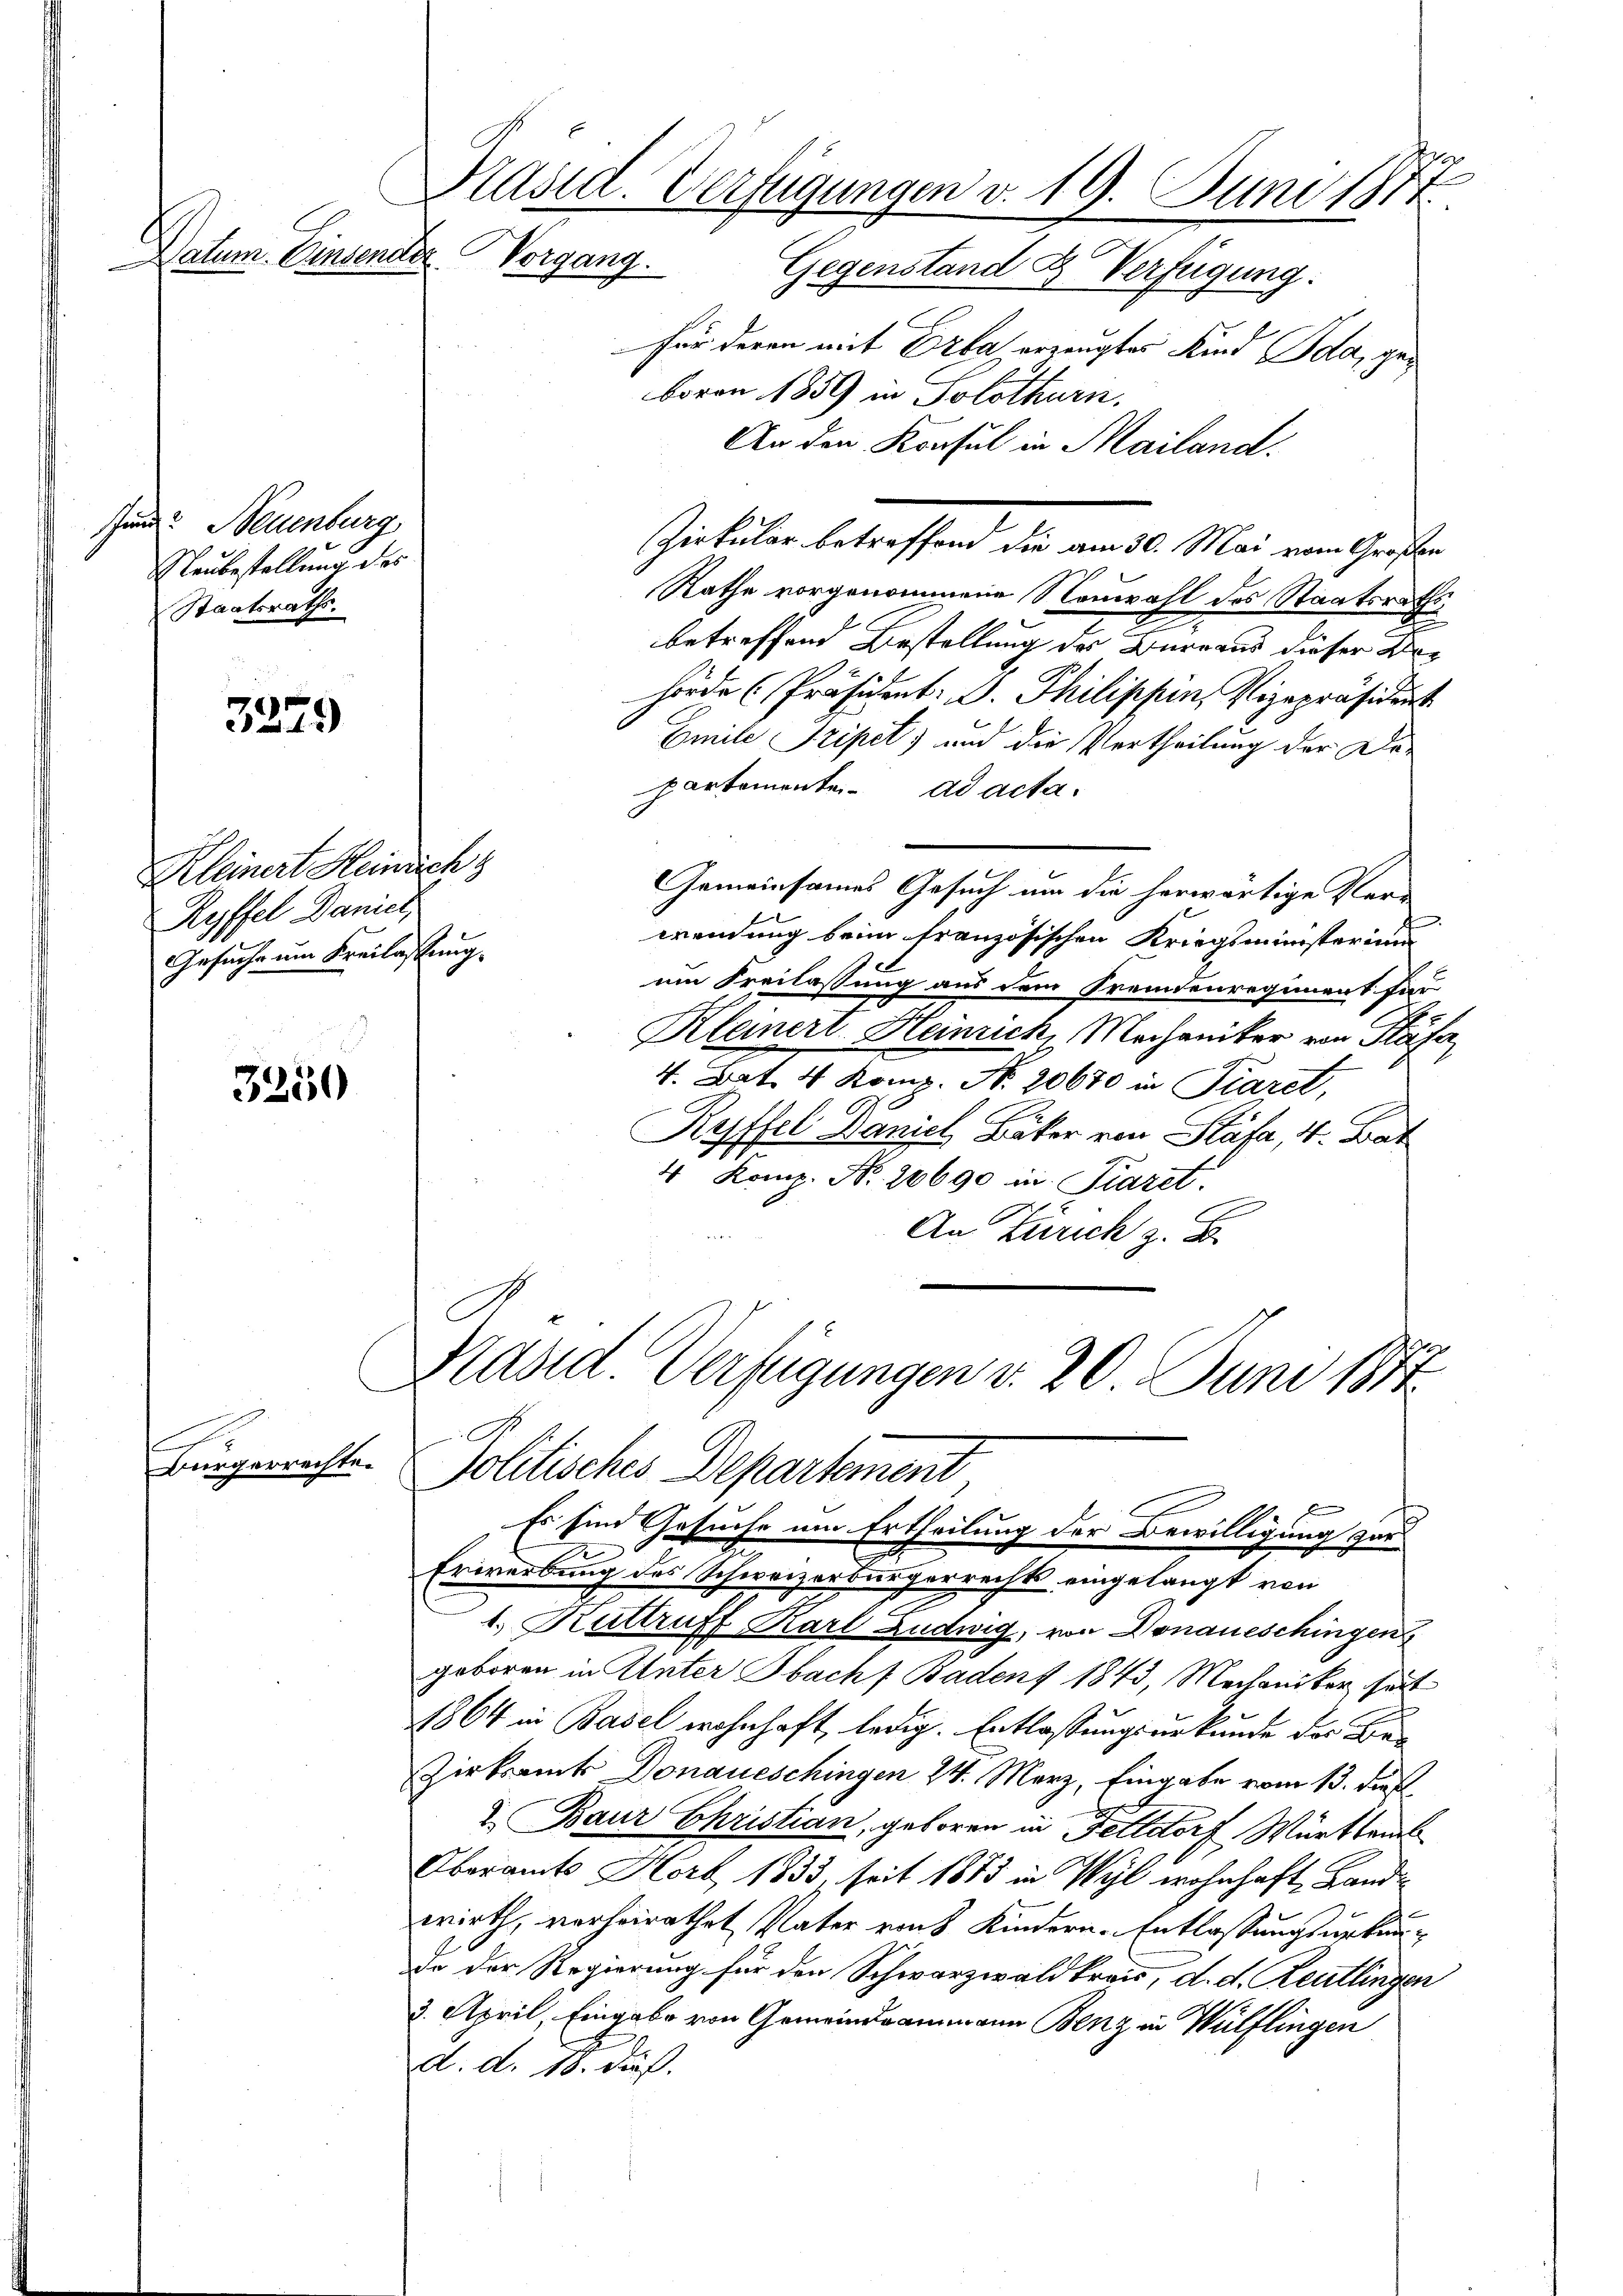
und Neuenburg
Neubestellung des
Staatsraths

Präsid. Verfügungen v. 19. Juni 1817.
Datum. Einsender
Vorgang. Gegenstand & Verfügung:

3279

Kleinert Heinrich z
Ryffel Danier,
Gesuche um Kreilassung.

3250

Bürgerrechte.

für deren mit Erba erzeugtes Kind Ida, geboren 1859 in Solothurn.
An den Konsul in Mailand.
Rathe vorgenommene Neuwahl des Staatsraths
betreffend Bestellung des Bureaus dieser Behörde (Präsident: D. Philippen, Vizepräsident
Emile Tripet; und die Pertheilung der Departemente. ad acta.
Gemeinsames Gesuch um die herwärtige Verr
wendung beim französischen Kriegsministerium
um Freilassung aus dem Fremdenregiment für
Kleinert Heinrich, Mechaniker von Stäfa,
4. Bat. 4 Komp. N. 20670 in Piaret,
Ryffel Daniel Bäker von Stäfa, 4. Bat
4 Komp. Nr. 20690 in Piaret.
An Zürich z. B.
Hasid. Verfügungen d. 20. Juni 1874

Zirkular betreffend die am 30. Mai vom Großen

Erwerbung des Schweizerbürgerrechts eingelangt von
1. Kuttruff Karl Ludwig, von Donaueschingen
geboren in Unter Obach Badens 1843, Mechaniker, gut
1864 in Basel wohnhaft, ledig. Entlassungsurkunde der Be-
Zirksamt Donaueschingen 24. Merz, Eingabe vom 13. dies
I. Baur Christian, geboren in Felldorf Württemb
Oberamt Horb 1833. seit 1883 in Wyl wohnhaft Landwirth, verheirathet Vater rauch Kindern-Entlassungsurkunde der Regierung für den Schwarzwaldkreis, d. d. Reutlingen
3. April, Eingabe von Gemeindammann Benz in Wülflingen
d. d. 18. dieß.

C
Jolitisches Departement
Es sind Gesuche um Ertheilung der Bewilligung zur